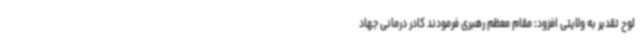
لوح تقدیر به ولایتی افزود: مقام معظم رهبری فرمودند کادر درمانی جهاد